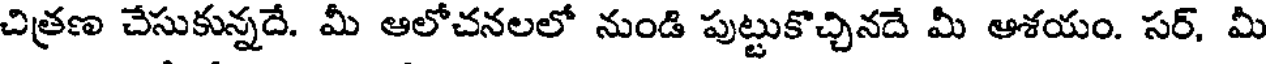
చిత్రణ చేసుకున్నదే. మీ ఆలోచనలలో నుండి పుట్టుకొచ్చినదే మీ ఆశయం. సర్, మీ